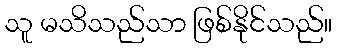
သူ မသိသည်သာ ဖြစ်နိုင်သည်။